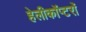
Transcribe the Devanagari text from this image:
हेलीकाॅप्टरांे